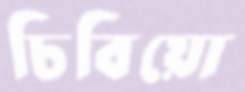
চিবিয়ো